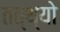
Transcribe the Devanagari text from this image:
तत्थ्यो